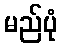
မည်ပုံ